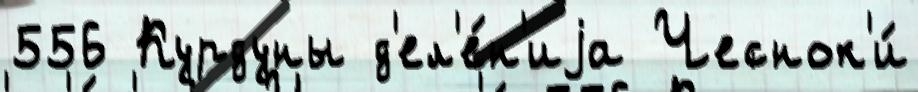
556 Курдуны д'ел'е́н'иjа Чеснок'и́